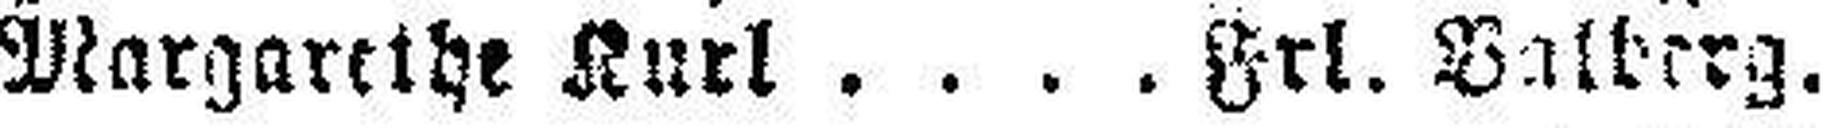
Margarethe Kurl Frl. Balberg.